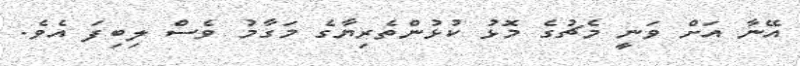
އޭނާ އަށް ވަނީ މެޗުގެ މޮޅު ކުޅުންތެރިޔާގެ މަގާމު ވެސް ލިބިފަ އެވެ.